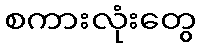
စကားလုံးတွေ